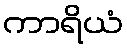
ကာရိယံ